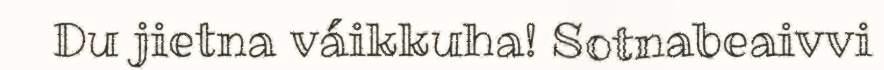
Du jietna váikkuha! Sotnabeaivvi